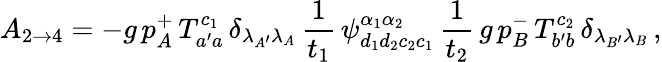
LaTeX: A_{2\rightarrow 4}=-g\, p_{A}^{+}\, T_{a^{\prime}a}^{c_{1}}\, \delta_{\lambda_{A^{\prime}}\lambda_{A}}\, \frac 1{t_{1}}\, \psi_{d_{1}d_{2}c_{2}c_{1}}^{\alpha_{1}\alpha_{2}}\, \frac 1{t_{2}}\, g\, p_{B}^{-}\, T_{b^{\prime}b}^{c_{2}}\, \delta_{\lambda_{B^{\prime}}\lambda_{B}}\, ,